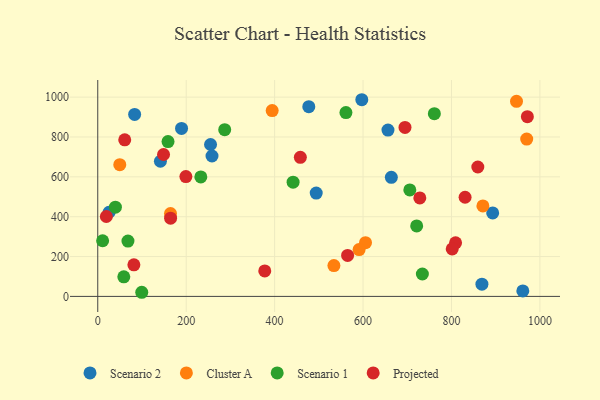
{"axis": {"x": "Study Hours", "y": "Rating"}, "legend": ["Cluster A", "Projected", "Scenario 1", "Scenario 2"], "data": [{"x": "141.7", "y": 678.2, "type": "Scenario 2"}, {"x": "258.4", "y": 704.6, "type": "Scenario 2"}, {"x": "893.2", "y": 418.7, "type": "Scenario 2"}, {"x": "656.4", "y": 834.7, "type": "Scenario 2"}, {"x": "961.4", "y": 27.5, "type": "Scenario 2"}, {"x": "494.1", "y": 518.3, "type": "Scenario 2"}, {"x": "255.1", "y": 762.3, "type": "Scenario 2"}, {"x": "189.5", "y": 843.1, "type": "Scenario 2"}, {"x": "25.6", "y": 422.4, "type": "Scenario 2"}, {"x": "868.9", "y": 61.4, "type": "Scenario 2"}, {"x": "664.0", "y": 597.4, "type": "Scenario 2"}, {"x": "83.4", "y": 913.2, "type": "Scenario 2"}, {"x": "477.3", "y": 951.9, "type": "Scenario 2"}, {"x": "597.2", "y": 987.0, "type": "Scenario 2"}, {"x": "534.1", "y": 154.7, "type": "Cluster A"}, {"x": "970.2", "y": 789.6, "type": "Cluster A"}, {"x": "164.5", "y": 415.9, "type": "Cluster A"}, {"x": "605.6", "y": 269.5, "type": "Cluster A"}, {"x": "947.1", "y": 979.2, "type": "Cluster A"}, {"x": "591.1", "y": 234.9, "type": "Cluster A"}, {"x": "394.5", "y": 932.3, "type": "Cluster A"}, {"x": "871.1", "y": 454.1, "type": "Cluster A"}, {"x": "49.8", "y": 661.1, "type": "Cluster A"}, {"x": "561.3", "y": 922.6, "type": "Scenario 1"}, {"x": "39.9", "y": 447.8, "type": "Scenario 1"}, {"x": "99.5", "y": 20.7, "type": "Scenario 1"}, {"x": "11.0", "y": 279.4, "type": "Scenario 1"}, {"x": "721.3", "y": 353.7, "type": "Scenario 1"}, {"x": "58.9", "y": 98.4, "type": "Scenario 1"}, {"x": "287.1", "y": 836.5, "type": "Scenario 1"}, {"x": "233.1", "y": 599.7, "type": "Scenario 1"}, {"x": "734.2", "y": 112.4, "type": "Scenario 1"}, {"x": "68.3", "y": 277.6, "type": "Scenario 1"}, {"x": "158.9", "y": 777.2, "type": "Scenario 1"}, {"x": "761.3", "y": 917.1, "type": "Scenario 1"}, {"x": "441.8", "y": 573.0, "type": "Scenario 1"}, {"x": "705.8", "y": 534.3, "type": "Scenario 1"}, {"x": "809.3", "y": 268.7, "type": "Projected"}, {"x": "199.3", "y": 601.3, "type": "Projected"}, {"x": "694.9", "y": 848.0, "type": "Projected"}, {"x": "19.4", "y": 401.0, "type": "Projected"}, {"x": "81.7", "y": 158.5, "type": "Projected"}, {"x": "148.8", "y": 712.2, "type": "Projected"}, {"x": "859.6", "y": 649.5, "type": "Projected"}, {"x": "164.7", "y": 392.6, "type": "Projected"}, {"x": "830.8", "y": 497.7, "type": "Projected"}, {"x": "377.7", "y": 127.9, "type": "Projected"}, {"x": "458.2", "y": 698.1, "type": "Projected"}, {"x": "728.4", "y": 494.1, "type": "Projected"}, {"x": "971.7", "y": 902.0, "type": "Projected"}, {"x": "801.7", "y": 238.4, "type": "Projected"}, {"x": "61.0", "y": 785.9, "type": "Projected"}, {"x": "565.1", "y": 205.4, "type": "Projected"}]}